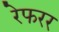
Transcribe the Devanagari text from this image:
रेफरर